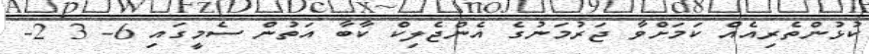
ކުޅުންތެރިއެއް ކަމަށްވާ ޖަރުމަނުގެ އެންޖެލިކް ކާބާ އަތުން ސެމީގައި 6- 3 2-